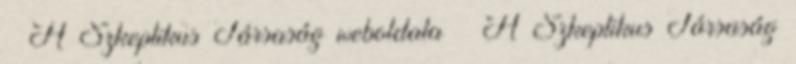
↳ A Szkeptikus Társaság weboldala ↳ A Szkeptikus Társaság